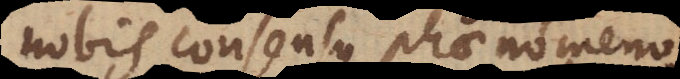
nobis consensus phaenomeno